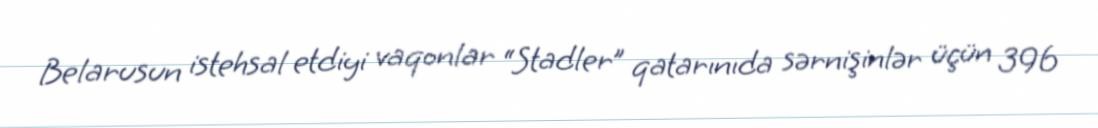
Belarusun istehsal etdiyi vaqonlar “Stadler” qatarınıda sərnişinlər üçün 396